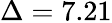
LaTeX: \Delta=7.21